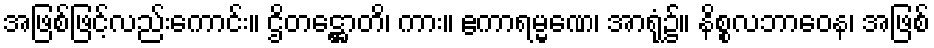
အဖြစ်ဖြင့်လည်းကောင်း။ ဌိတဋ္ဌောတိ၊ ကား။ ဧကာရမ္မဏေ၊ အာရုံ၌။ နိစ္စလဘာဝေန၊ အဖြစ်